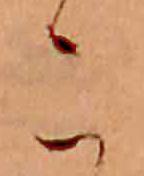
こ